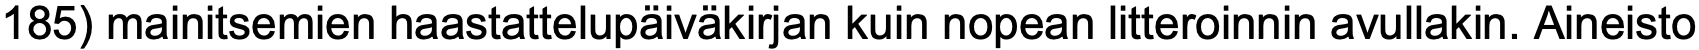
185) mainitsemien haastattelupäiväkirjan kuin nopean litteroinnin avullakin. Aineisto